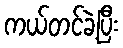
ကယ်တင်ခဲ့ပြီး